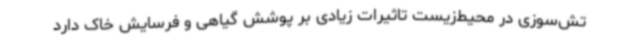
تش‌سوزی در محیط‌زیست تاثیرات زیادی بر پوشش گیاهی و فرسایش خاک دارد